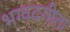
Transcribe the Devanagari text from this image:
भग्वदगीता